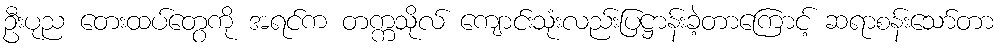
ဦးပုည တေးထပ်တွေကို အရင်က တက္ကသိုလ် ကျောင်းသုံးလည်းပြဋ္ဌာန်းခဲ့တာကြောင့် ဆရာစန်းသော်တာ